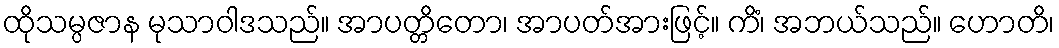
ထိုသမ္ပဇာန မုသာဝါဒသည်။ အာပတ္တိတော၊ အာပတ်အားဖြင့်။ ကိံ၊ အဘယ်သည်။ ဟောတိ၊